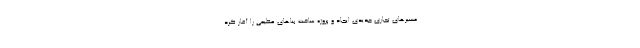
مسیر‌های تجاری جدیدی ایجاد و پروژه ساخت بنا‌های عظیمی را آغاز کرد.